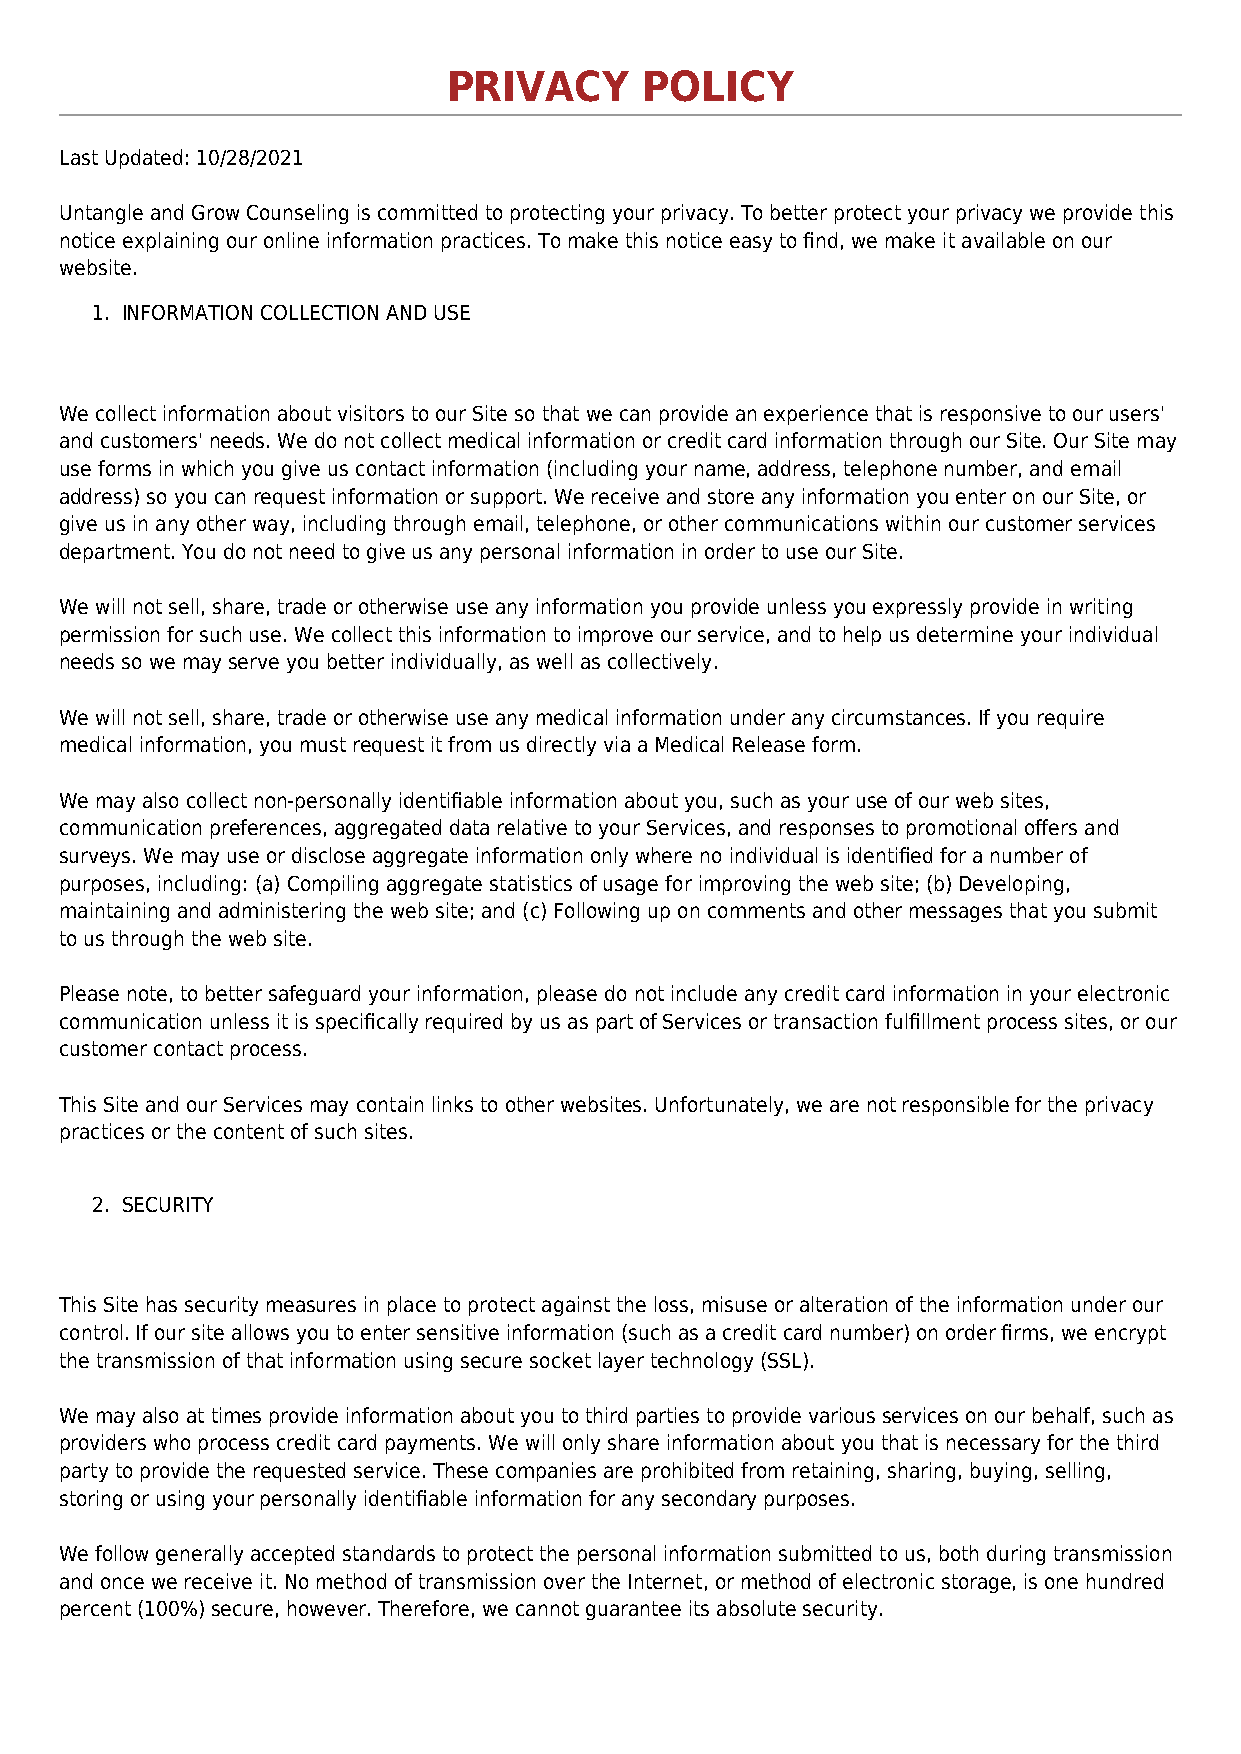
PRIVACY      POLICY
 Last Updated: 10/28/2021
 Untangle and Grow Counseling is committed to protecting your privacy. To better protect your privacy we provide this
 notice explaining our online information practices. To make this notice easy to find, we make it available on our
 website.
 1. INFORMATION COLLECTION AND USE
 We collect information about visitors to our Site so that we can provide an experience that is responsive to our users'
 and customers' needs. We do not collect medical information or credit card information through our Site. Our Site may
 use forms in which you give us contact information (including your name, address, telephone number, and email
 address) so you can request information or support. We receive and store any information you enter on our Site, or
 give us in any other way, including through email, telephone, or other communications within our customer services
 department. You do not need to give us any personal information in order to use our Site.
 We will not sell, share, trade or otherwise use any information you provide unless you expressly provide in writing
 permission for such use. We collect this information to improve our service, and to help us determine your individual
 needs so we may serve you better individually, as well as collectively.
 We will not sell, share, trade or otherwise use any medical information under any circumstances. If you require
 medical information, you must request it from us directly via a Medical Release form.
 We may also collect non-personally identifiable information about you, such as your use of our web sites,
 communication preferences, aggregated data relative to your Services, and responses to promotional offers and
 surveys. We may use or disclose aggregate information only where no individual is identified for a number of
 purposes, including: (a) Compiling aggregate statistics of usage for improving the web site; (b) Developing,
 maintaining and administering the web site; and (c) Following up on comments and other messages that you submit
 to us through the web site.
 Please note, to better safeguard your information, please do not include any credit card information in your electronic
 communication unless it is specifically required by us as part of Services or transaction fulfillment process sites, or our
 customer contact process.
 This Site and our Services may contain links to other websites. Unfortunately, we are not responsible for the privacy
 practices or the content of such sites.
 2. SECURITY
 This Site has security measures in place to protect against the loss, misuse or alteration of the information under our
 control. If our site allows you to enter sensitive information (such as a credit card number) on order firms, we encrypt
 the transmission of that information using secure socket layer technology (SSL).
 We may also at times provide information about you to third parties to provide various services on our behalf, such as
 providers who process credit card payments. We will only share information about you that is necessary for the third
 party to provide the requested service. These companies are prohibited from retaining, sharing, buying, selling,
 storing or using your personally identifiable information for any secondary purposes.
 We follow generally accepted standards to protect the personal information submitted to us, both during transmission
 and once we receive it. No method of transmission over the Internet, or method of electronic storage, is one hundred
 percent (100%) secure, however. Therefore, we cannot guarantee its absolute security.